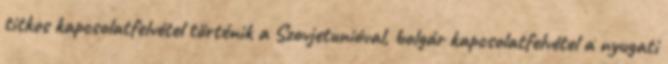
titkos kapcsolatfelvétel történik a Szovjetunióval, bolgár kapcsolatfelvétel a nyugati